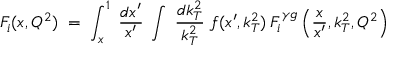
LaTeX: F _ { i } ( x , Q ^ { 2 } ) \; = \; \int _ { x } ^ { 1 } \; \frac { d x ^ { \prime } } { x ^ { \prime } } \; \int \; \frac { d k _ { T } ^ { 2 } } { k _ { T } ^ { 2 } } \; f ( x ^ { \prime } , k _ { T } ^ { 2 } ) \: F _ { i } ^ { \gamma g } \left( \frac { x } { x ^ { \prime } } , k _ { T } ^ { 2 } , Q ^ { 2 } \right)